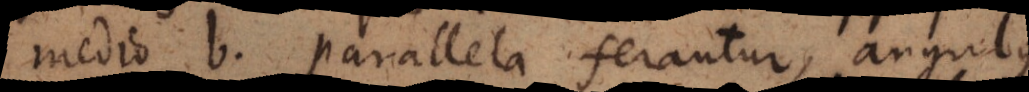
medio b parallela ferantur, angulus